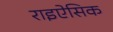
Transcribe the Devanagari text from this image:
राइऐसिक